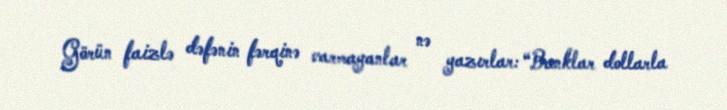
Görün faizlə dəfənin fərqinə varmayanlar nə yazırlar: “Banklar dollarla